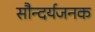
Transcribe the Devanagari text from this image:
सौन्दर्यजनक